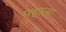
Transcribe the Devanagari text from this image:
पहाला